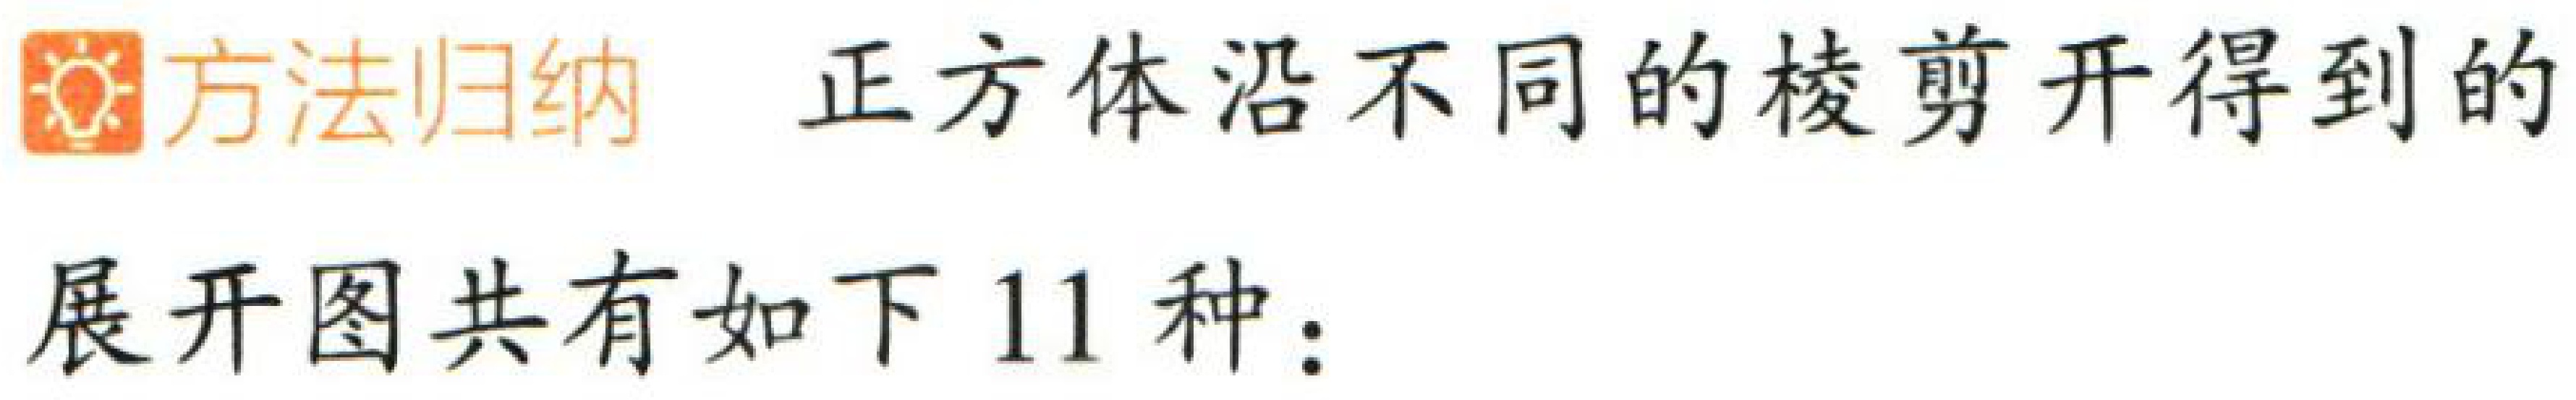
\begin{center}

\textbf{\textcircled{\text{☀}}方法归纳 正方体沿不同的棱剪开得到的}

\end{center}

展开图共有如下 11 种：